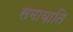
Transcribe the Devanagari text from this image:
समायाति